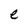
Character: e